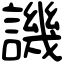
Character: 譏